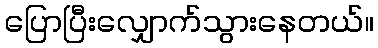
ပြောပြီးလျှောက်သွားနေတယ်။